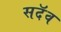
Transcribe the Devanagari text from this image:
सदॅव